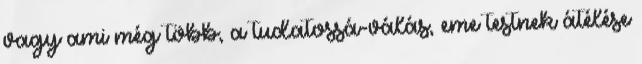
vagy ami még több, a tudatossá-válás, eme testnek átélése